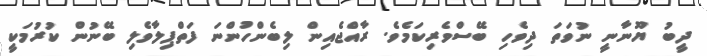
ދީބު ޔޫނާނީ ނުވަތަ ދިވެހި ބޭސްވެރިކަމެވެ. ރާއްޖެއިން ލިބެންހުންނަ ފަތްޕިލާވެލި ބޭނުން ކުރުމަކީ